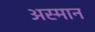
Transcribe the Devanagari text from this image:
अस्मान